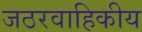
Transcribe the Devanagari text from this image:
जठरवाहिकीय